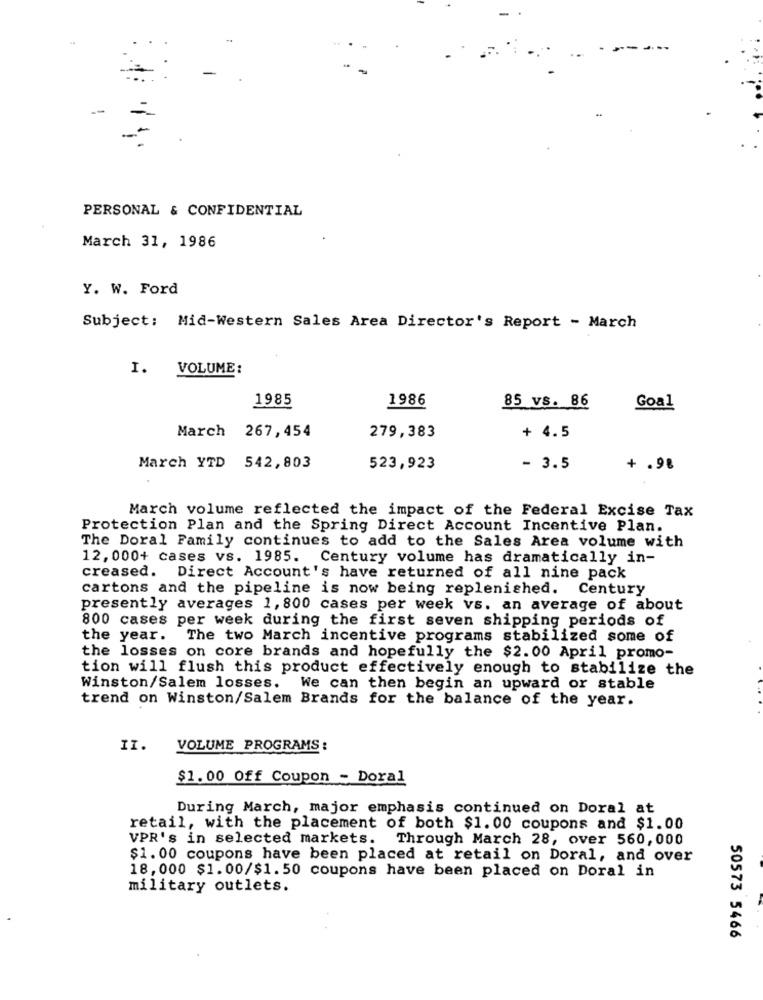
PERSONAL & CONFIDENTIAL
March 31, 1986
Y. W. Ford
Subject: Mid-Western Sales Area Director's Report - March
1.
VOLUME:
1985
1986
85 vs. 86
Goal
March 267,454
279,383
+ 4.5
March YTD 542,803
523,923
- 3.5
+ .98
March volume reflected the impact of the Federal Excise Tax
Protection Plan and the Spring Direct Account Incentive Plan.
The Doral Family continues to add to the Sales Area volume with
12, 000+ cases vs. 1985. Century volume has dramatically in-
creased. Direct Account's have returned of all nine pack
cartons and the pipeline is now being replenished. Century
presently averages 1, 800 cases per week vs. an average of about
800 cases per week during the first seven shipping periods of
the year. The two March incentive programs stabilized some of
the losses on core brands and hopefully the $2.00 April promo-
tion will flush this product effectively enough to stabilize the
Winston/Salem losses. We can then begin an upward or stable
trend on Winston/Salem Brands for the balance of the year.
II.
VOLUME PROGRAMS:
$1.00 Off Coupon - Doral
During March, major emphasis continued on Doral at
retail, with the placement of both $1.00 coupons and $1.00
VPR's in selected markets. Through March 28, over 560,000
$1.00 coupons have been placed at retail on Doral, and over
18,000 $1.00/$1.50 coupons have been placed on Doral in
military outlets.
50573 5466